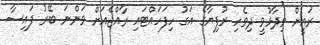
ރައީށް ވިދާޅުވީ ދިވެހި ރުފިޔާގެ އަގު ހިފަހައްޓައި ރާއްޖެއަށް ވަންނަ ބޭރު ފައިސާ